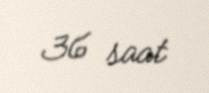
36 saat